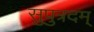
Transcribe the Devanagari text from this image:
सुपुत्रदम्